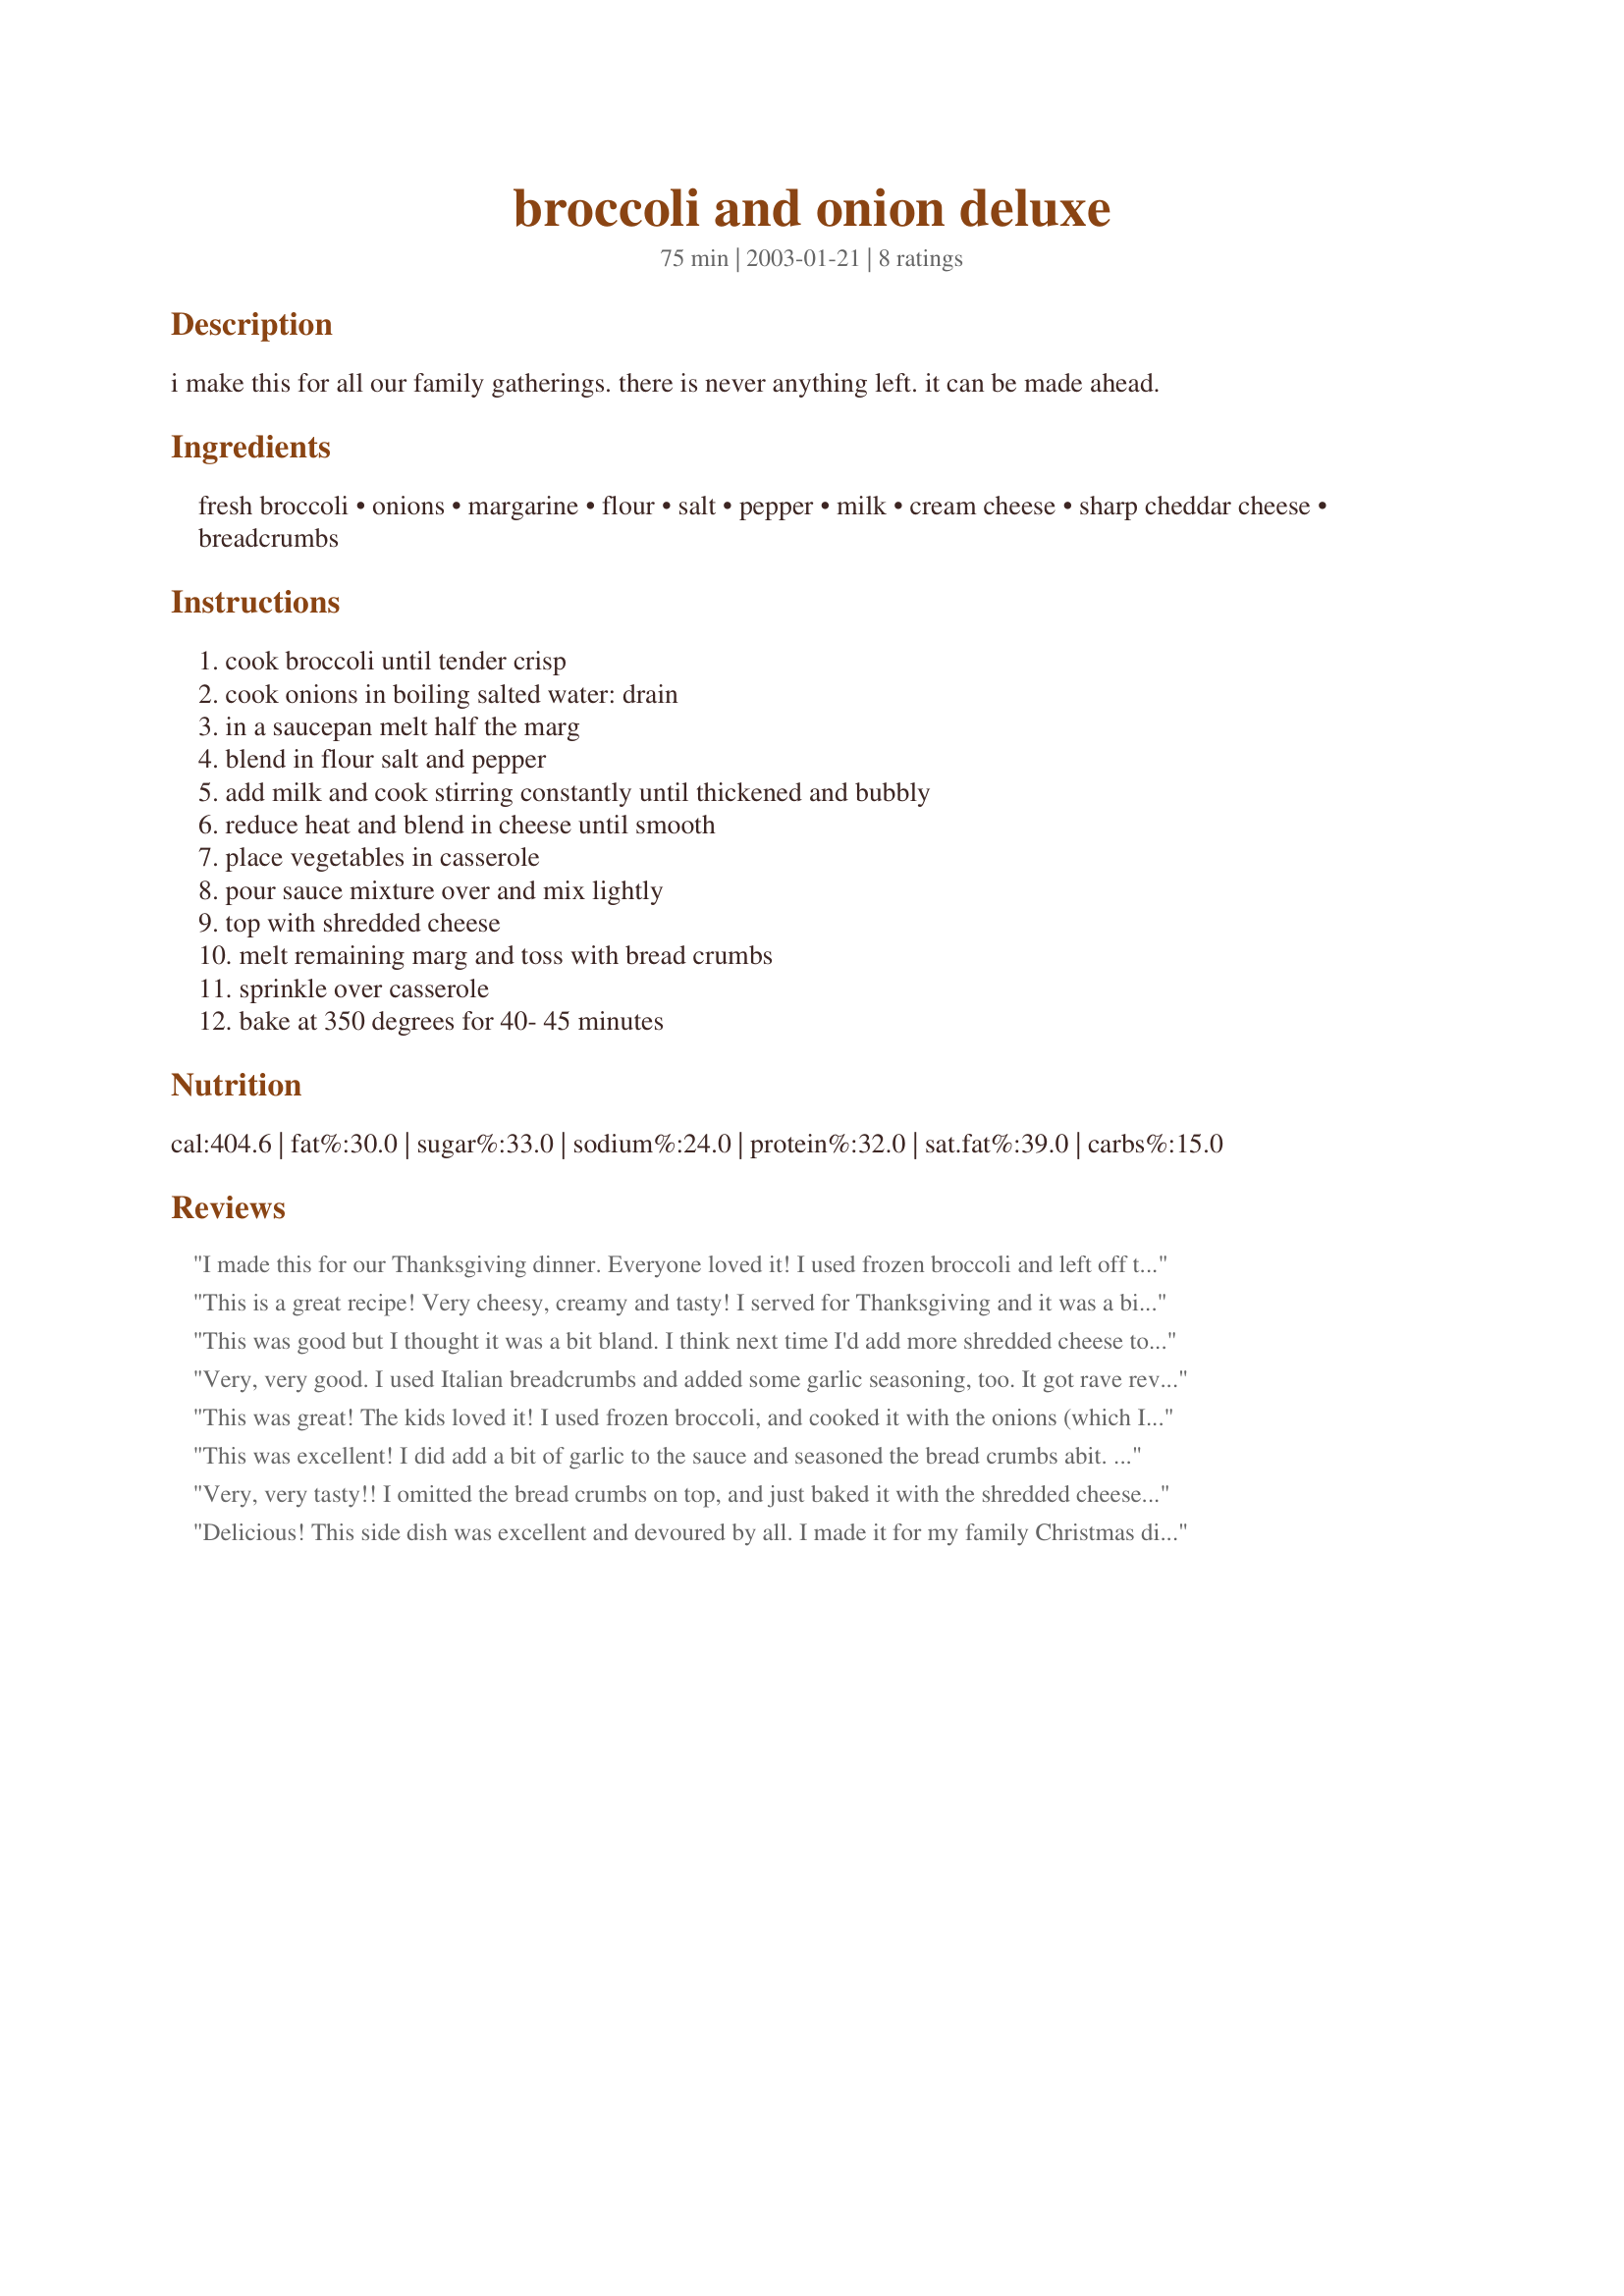
broccoli and onion deluxe
Preparation time: 75 minutes

i make this for all our family gatherings. there is never anything left. it can be made ahead.

Ingredients:
fresh broccoli, onions, margarine, flour, salt, pepper, milk, cream cheese, sharp cheddar cheese, breadcrumbs

Steps:
cook broccoli until tender crisp, cook onions in boiling salted water: drain, in a saucepan melt half the marg, blend in flour salt and pepper, add milk and cook stirring constantly until thickened and bubbly, reduce heat and blend in cheese until smooth, place vegetables in casserole, pour sauce mixture over and mix lightly, top with shredded cheese, melt remaining marg and toss with bread crumbs, sprinkle over casserole, bake at 350 degrees for 40- 45 minutes

Reviews:
I made this for our Thanksgiving dinner. Everyone loved it! I used frozen broccoli and left off the bread crumbs. I am planning on making this again at Christmas. Thanks for sharing a great recipe.
This is a great recipe! Very cheesy, creamy and tasty! I served for Thanksgiving and it was a big hit. Very easy to make. Thanks for a great recipe!
This was good but I thought it was a bit bland. I think next time I'd add more shredded cheese to the mix and maybe a little garlic. I would make it again but I think I'd like to add a little more seasoning. Thanks!
Very, very good. I used Italian breadcrumbs and added some garlic seasoning, too. It got rave reviews. Thanks for the recipe.
This was great! The kids loved it! I used frozen broccoli, and cooked it with the onions (which I chopped so the kids would eat it) just till the broccoli de-iced. Also used butter for the margarine, and stirred an extra half cup of cheese into the white sauce. Very good recipe, thanks!
This was excellent! I did add a bit of garlic to the sauce and seasoned the bread crumbs abit. My DH loved it . I will be making this often. Thank you for a great recipe.
Very, very tasty!! I omitted the bread crumbs on top, and just baked it with the shredded cheese, and it was still good.
Delicious! This side dish was excellent and devoured by all. I made it for my family Christmas dinner and was hoping there would be some leftovers, but no such luck! Great flavor, easy to put together and something I will make time and time again. This was a huge success. Thank you!
